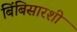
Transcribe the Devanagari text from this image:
बिंबिसारशी